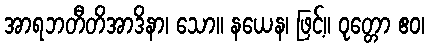
အာရဘတီတိအာဒိနာ၊ သော။ နယေန၊ ဖြင့်။ ဝုတ္တော ဧဝ၊